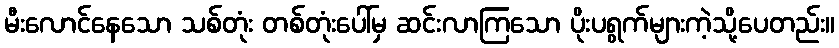
မီးလောင်နေသော သစ်တုံး တစ်တုံးပေါ်မှ ဆင်းလာကြသော ပိုးပရွက်များကဲ့သို့ပေတည်း။